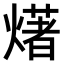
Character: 𤏸